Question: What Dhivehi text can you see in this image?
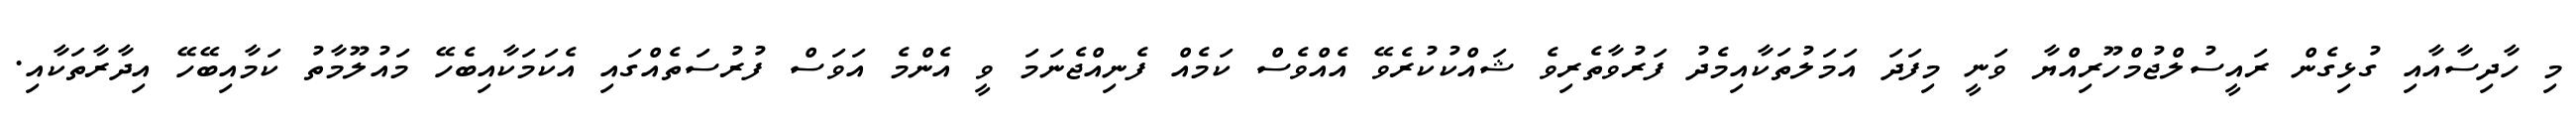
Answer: މި ހާދިސާއާއި ގުޅިގެން ރައީސުލްޖުމްހޫރިއްޔާ ވަނީ މިފަދަ އަމަލުތަކާއިމެދު ފަރުވާތެރިވެ ޝައްކުކުރެވޭ އެއްވެސް ކަމެއް ފެނިއްޖެނަމަ ވީ އެންމެ އަވަސް ފުރުސަތެއްގައި އެކަމަކާއިބެހޭ މައުލޫމާތު ކަމާއިބޭހޭ އިދާރާތަކާއި.